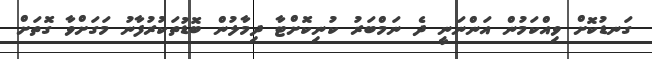
ގަނޑުކޮށް ވިއްކަމުން އަންނަނީ ދެ ނަމްބަރު ކުނިކޮށްޓާ ދިމާލުން ބޮޑުތަކުރުފާނު މަގަށްވާ ގޮތަށް